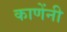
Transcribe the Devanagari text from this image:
काणेंनी